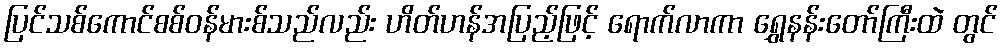
ပြင်သစ်ကောင်စစ်ဝန်မားစ်သည်လည်း ဟိတ်ဟန်အပြည့်ဖြင့် ရောက်လာကာ ရွှေနန်းတော်ကြီးထဲ တွင်